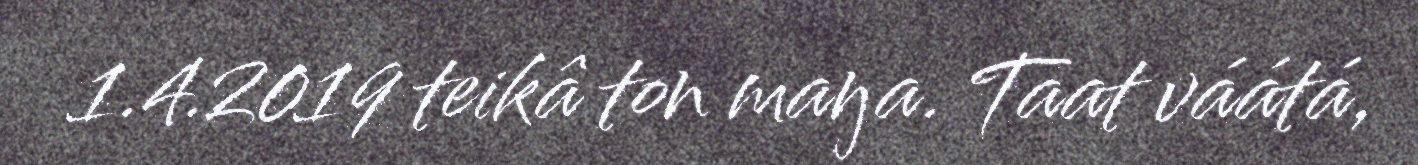
1.4.2019 teikâ ton maŋa. Taat váátá,